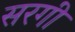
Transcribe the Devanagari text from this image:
सरगी